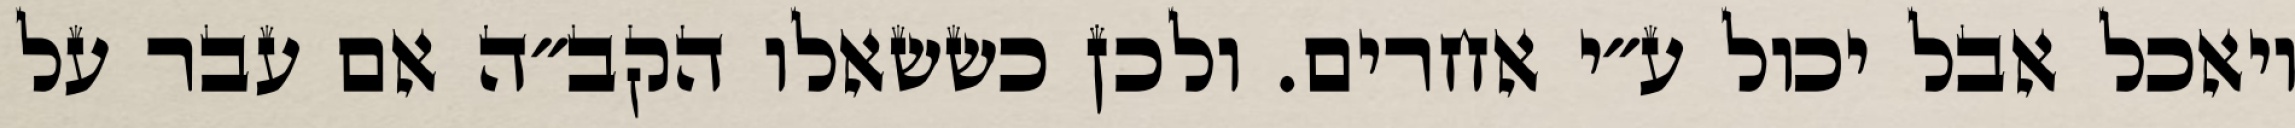
ויאכל אבל יכול ע״י אחרים. ולכן כששאלו הקב״ה אם עבר על